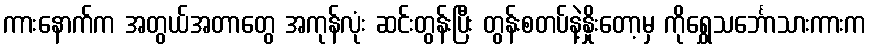
ကားနောက်က အတွယ်အတာတွေ အကုန်လုံး ဆင်းတွန်းပြီး တွန်းစတပ်နဲ့နှိုးတော့မှ ကိုရွှေသင်္ဘောသားကားက